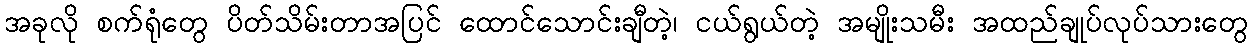
အခုလို စက်ရုံတွေ ပိတ်သိမ်းတာအပြင် ထောင်သောင်းချီတဲ့၊ ငယ်ရွယ်တဲ့ အမျိုးသမီး အထည်ချုပ်လုပ်သားတွေ